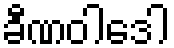
ခီဏဝါဒေါ